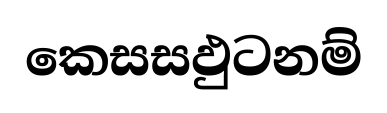
කෙසසඵුටනම්